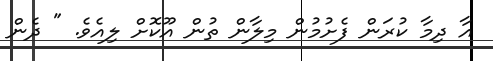
އާ ދިމާ ކުރަން ފެށުމުން މިލާން ތުން އޫކޮށް ލިއެވެ. " ދެން